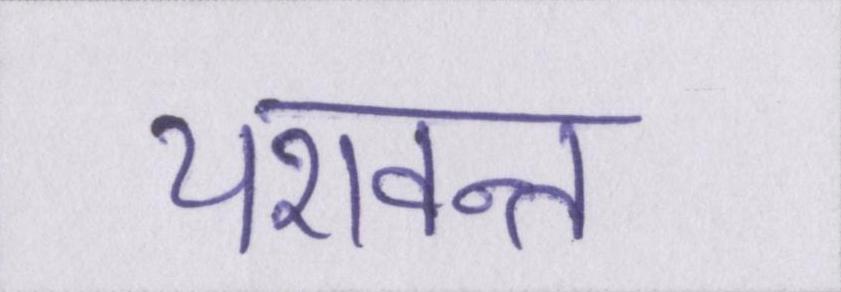
यशवन्त